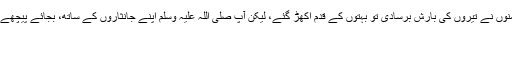
بہادری اور شجاعت ایسی کہ غزوہٴ حنین میں جب دشمنوں نے تیروں کی بارش برسادی تو بہتوں کے قدم اُکھڑ گئے، لیکن آپ صلی اللہ علیہ وَسلم اپنے جانثاروں کے ساتھ، بجائے پیچھے ہٹنے کے آگے بڑھ رہے تھے اور فرمارہے تھے #
انا النبی لا کذب
”میں سچا نبی ہوں، میں عبد المطلب کا بیٹا ہوں۔